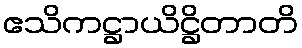
ဧသိကဋ္ဌာယိဋ္ဌိတာတိ